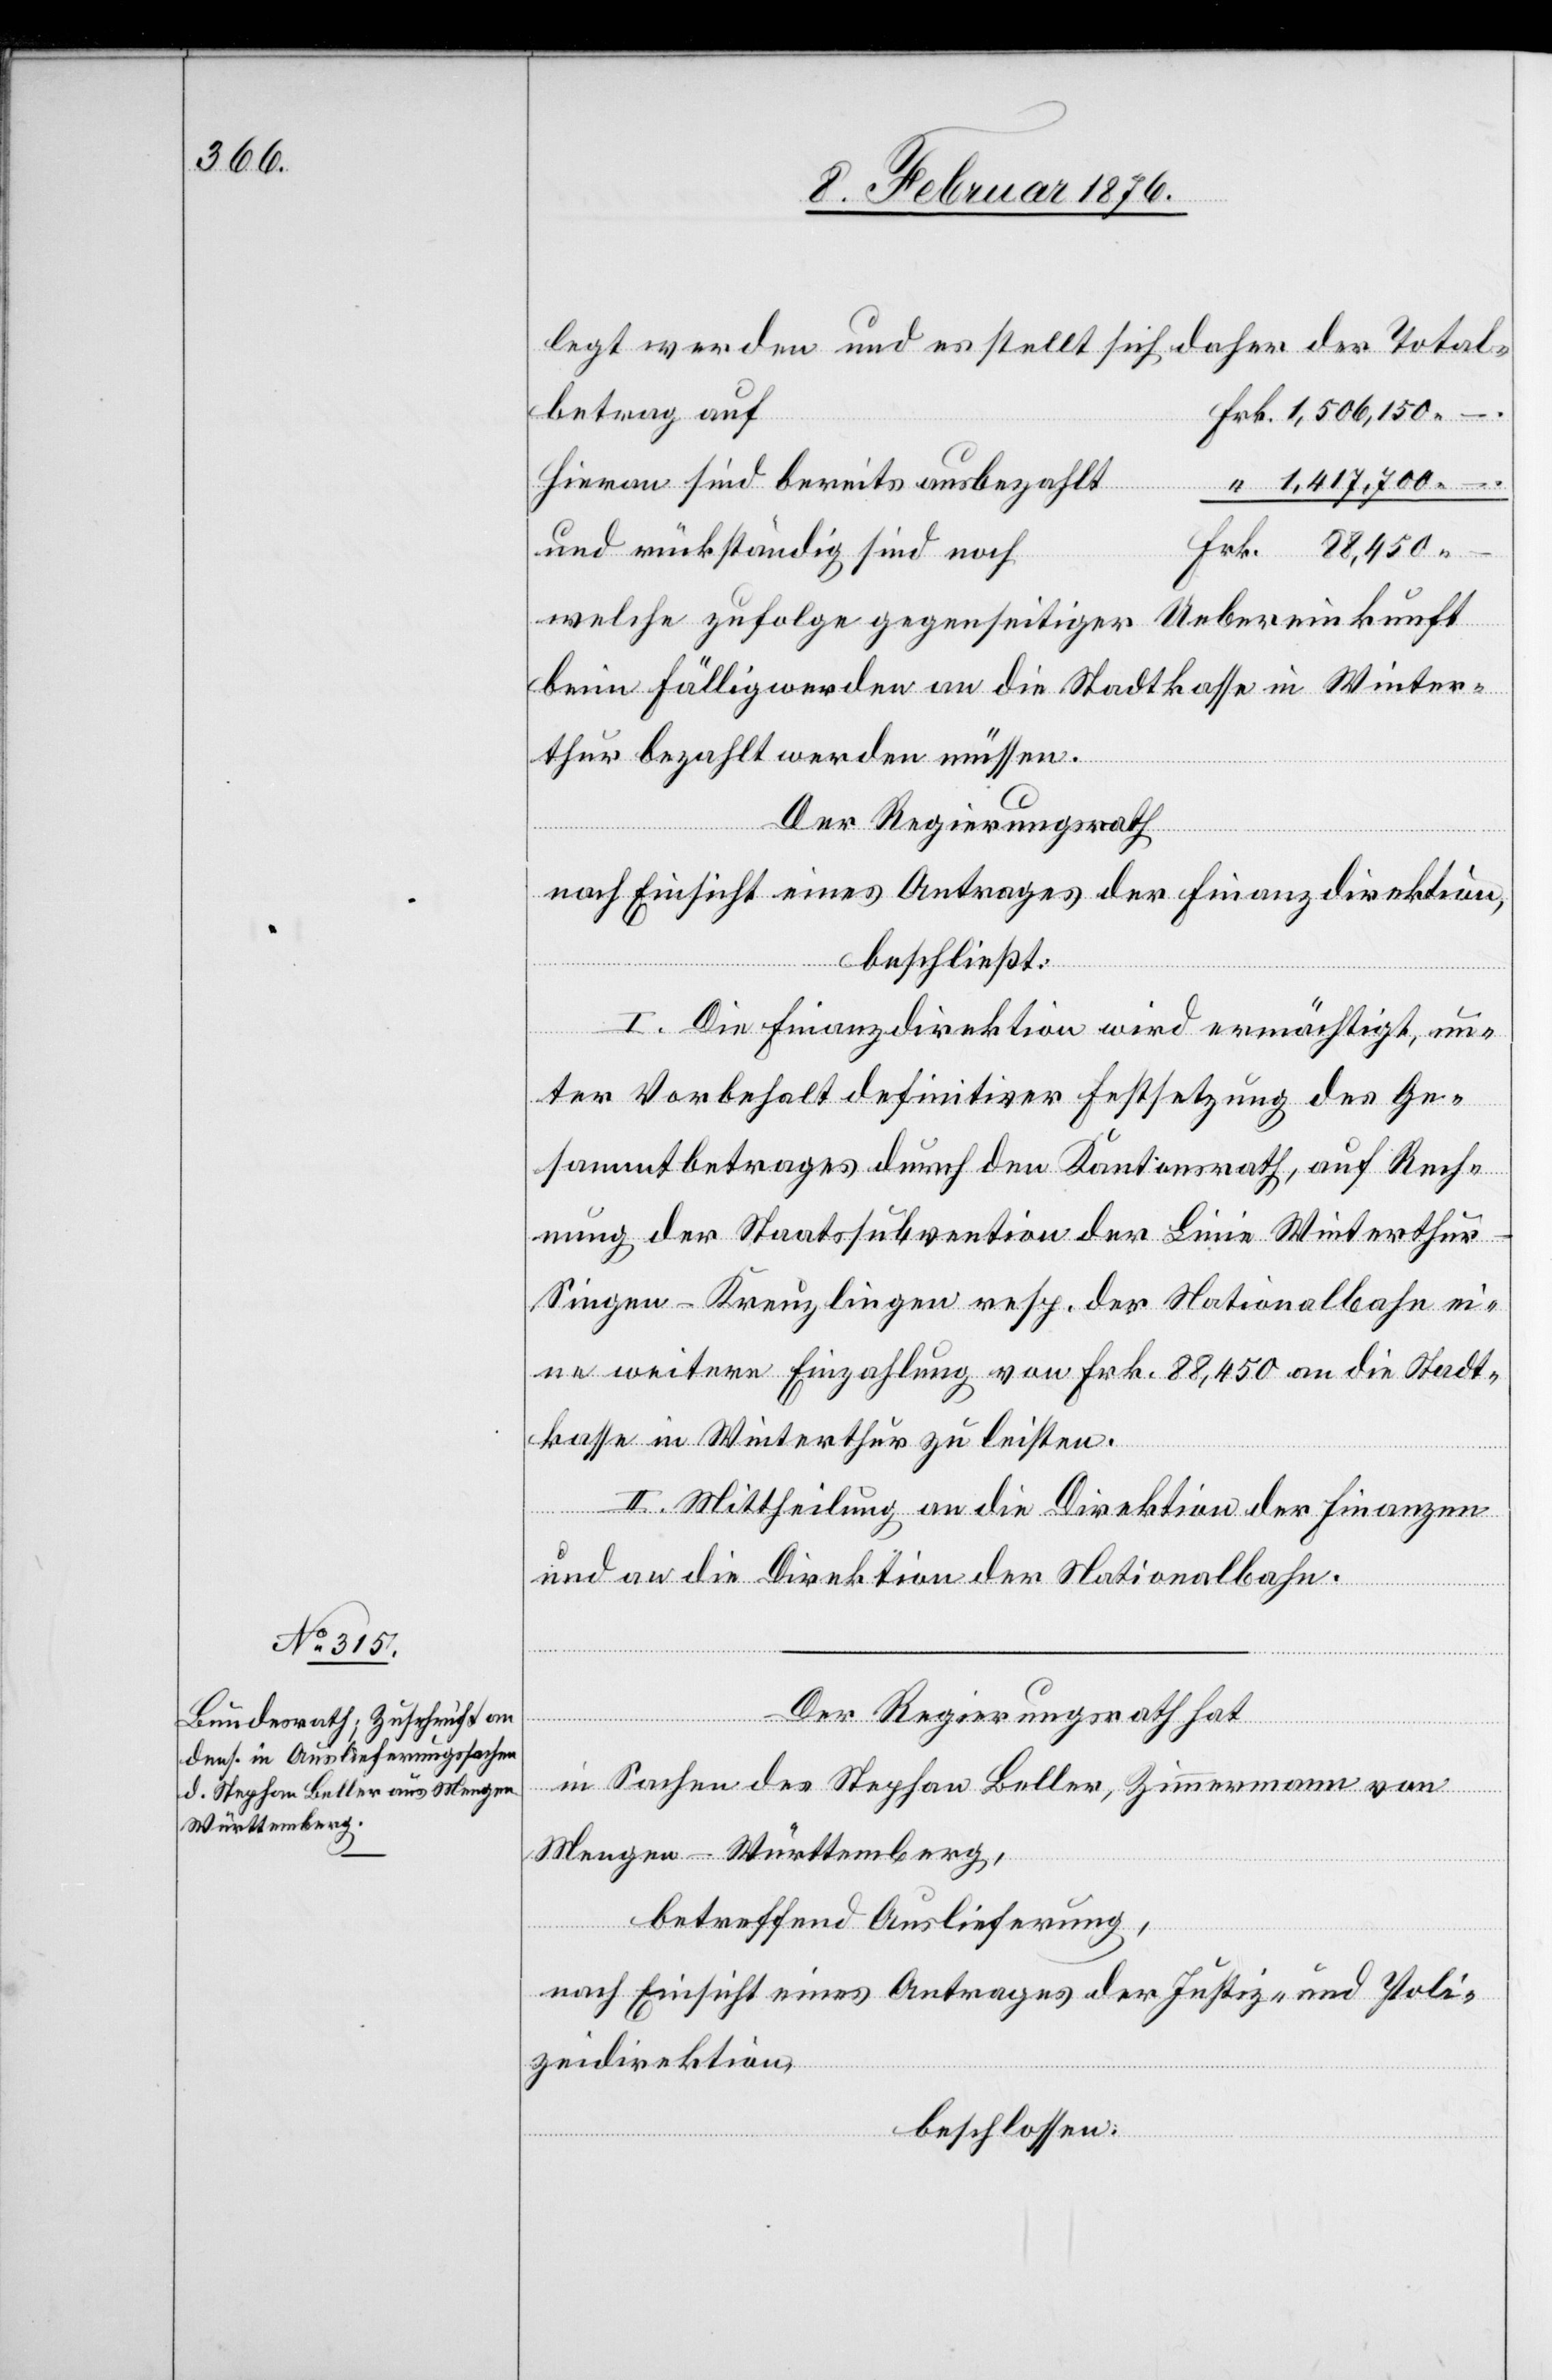
legt werden und es stellt sich daher der Total¬
betrag auf
hieran sind bereits ausbezahlt
und rückständig sind noch
welche zufolge gegenseitiger Uebereinkunft
beim Fälligwerden an die Stadtkasse in Winter¬
thur bezahlt werden müssen.
Der Regierungsrath,
nach Einsicht eines Antrages der Finanzdirektion
beschließt:
Frk.
I. Die Finanzdirektion wird ermächtigt, un¬
ter Vorbehalt definitiver Festsetzung des Ge¬
sammtbetrages durch den Kantonsrath, auf Rech¬
nung der Staatssubvention der Linie Winterthu¬
r–Singen–Kreuzlingen resp. der Nationalbahn ei¬
ne weitere Einzahlung von Frk. 88,450 an die Stadt¬
kasse in Winterthur zu leisten.
II. Mittheilung an die Direktion der Finanzen
und an die Direktion der Nationalbahn.
Der Regierungsrath hat
in Sachen des Stephan Beller, Zimmermann von
Mengen-Württemberg,
betreffend Auslieferung,
nach Einsicht eines Antrages der Justiz- und Poli¬
zeidirektion,
beschlossen: